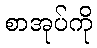
စာအုပ်ကို